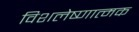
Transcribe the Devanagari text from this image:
विशलेष्णात्मक